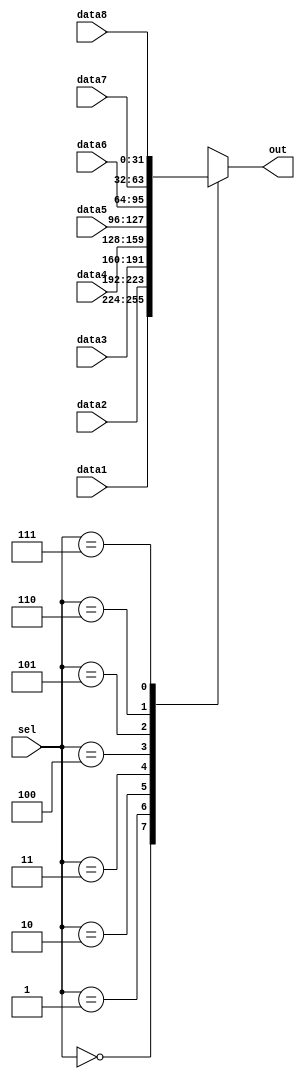
`timescale 1ns / 1ps
//////////////////////////////////////////////////////////////////////////////////
// Company: 
// Engineer: 
// 
// Design Name: 
// Module Name: MUX8
// Project Name: 
// Target Devices: 
// Tool Versions: 
// Description: 
// 
// Dependencies: 
// 
// Revision:
// Revision 0.01 - File Created
// Additional Comments:
// 
//////////////////////////////////////////////////////////////////////////////////

/*
    ================================   MUX8 module   ================================
    Author:         Wintermelon
    Last Edit:      2022.4.20

    This is a very simple 8-1 mux.
    case(signal)
        000 - data1
        001 - data2
        010 - data3
        011 - data4
        100 - data5
        101 - data6
        110 - data7
        111 - data8
*/

module MUX8
#(
    parameter DATA_WIDTH = 32           
)
(
    input [DATA_WIDTH-1 : 0] data1, data2, data3, data4, data5, data6, data7, data8,
    input [2:0] sel,
    output reg [DATA_WIDTH-1 : 0] out
);

    always @(*) begin
        case (sel)
            3'b000: out = data1;
            3'b001: out = data2;
            3'b010: out = data3;
            3'b011: out = data4;
            3'b100: out = data5;
            3'b101: out = data6;
            3'b110: out = data7;
            3'b111: out = data8;
        endcase
    end
endmodule